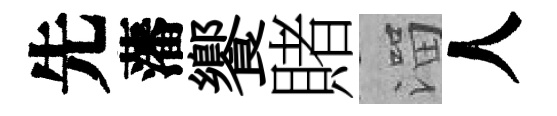
先藩饗賭溜人